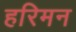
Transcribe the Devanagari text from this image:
हरिमन